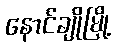
နောင်ချိုမြို့